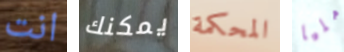
انت يمكنك المحكمة مليا